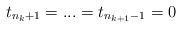
LaTeX: \begin{gather*} t_{n_{k} +1} = ... = t_{ n_{k+1} -1} = 0 \end{gather*}